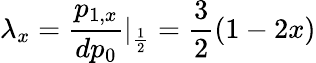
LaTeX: \lambda_{x}=\frac{p_{1,x}}{dp_{0}}\vert_{\frac{1}{2}}=\frac{3}{2}(1-2x)